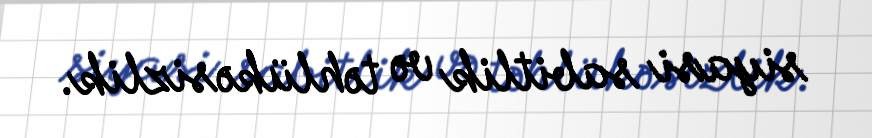
siyasi sabitlik və təhlükəsizlik.